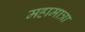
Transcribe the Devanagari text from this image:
महामात्रा